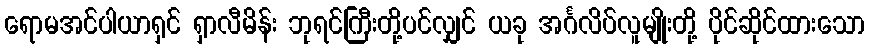
ရောမအင်ပါယာရှင် ရှာလီမိန်း ဘုရင်ကြီးတို့ပင်လျှင် ယခု အင်္ဂလိပ်လူမျိုးတို့ ပိုင်ဆိုင်ထားသော